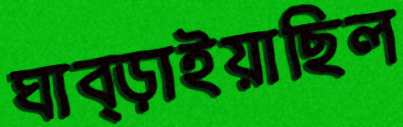
ঘাব্‌ড়াইয়াছিল